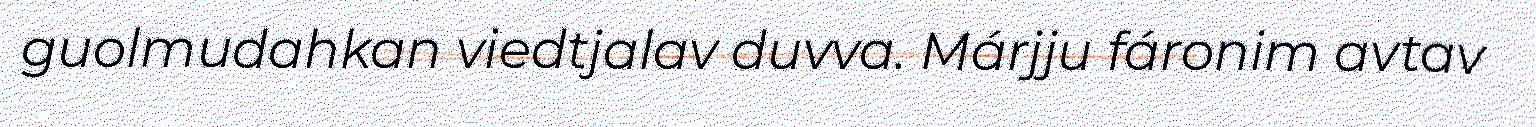
guolmudahkan viedtjalav duvva. Márjju fáronim avtav